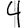
Digit: 4